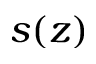
s ( z )